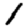
Digit: 1